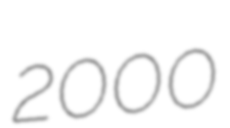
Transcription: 2000